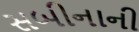
સબીનાની